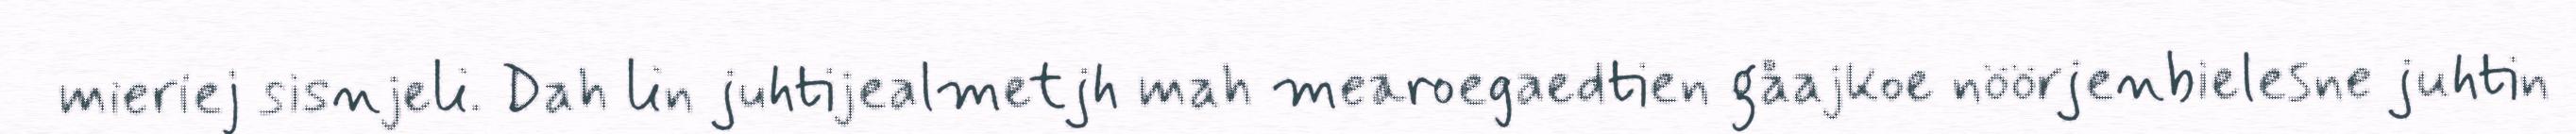
mieriej sisnjeli. Dah lin juhtijealmetjh mah mearoegaedtien gåajkoe nöörjenbielesne juhtin